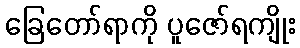
ခြေတော်ရာကို ပူဇော်ရကျိုး